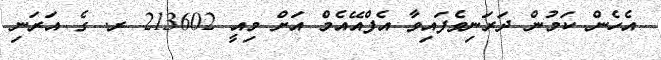
އެހެން ކަމުން ދަރަނިވެފައިވާ އެފްއޭއެމް އަށް މިއީ 213602 ރ. ގެ އަރަނި